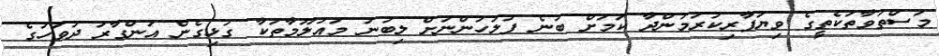
މަސްތުވާތަކެތީގެ ވިޔަފާރިކުރަމުންދާ ކަމަށް ބުނެ ފުލުހުންނަށް ލިބުނު މައުލޫމާތަކާ ގުޅިގެން އަންގާރަ ދުވަހުގެ